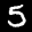
Digit: 5